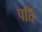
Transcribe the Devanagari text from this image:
पत्तिं